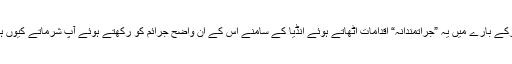
افغان بارڈرکے بارے میں یہ ”جراتمندانہ“ اقدامات اٹھاتے ہوئے انڈیا کے سامنے اس کے ان واضح جرائم کو رکھتے ہوئے آپ شرماتے کیوں ہیں حضور!